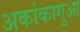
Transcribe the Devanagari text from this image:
अकांकागुआ